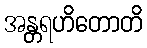
အန္တရဟိတောတိ